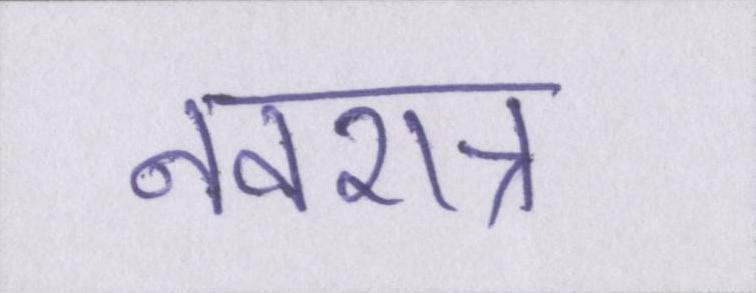
नवरात्र